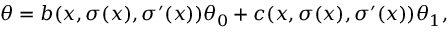
\theta = b ( x , \sigma ( x ) , \sigma ^ { \prime } ( x ) ) \theta _ { 0 } + c ( x , \sigma ( x ) , \sigma ^ { \prime } ( x ) ) \theta _ { 1 } ,